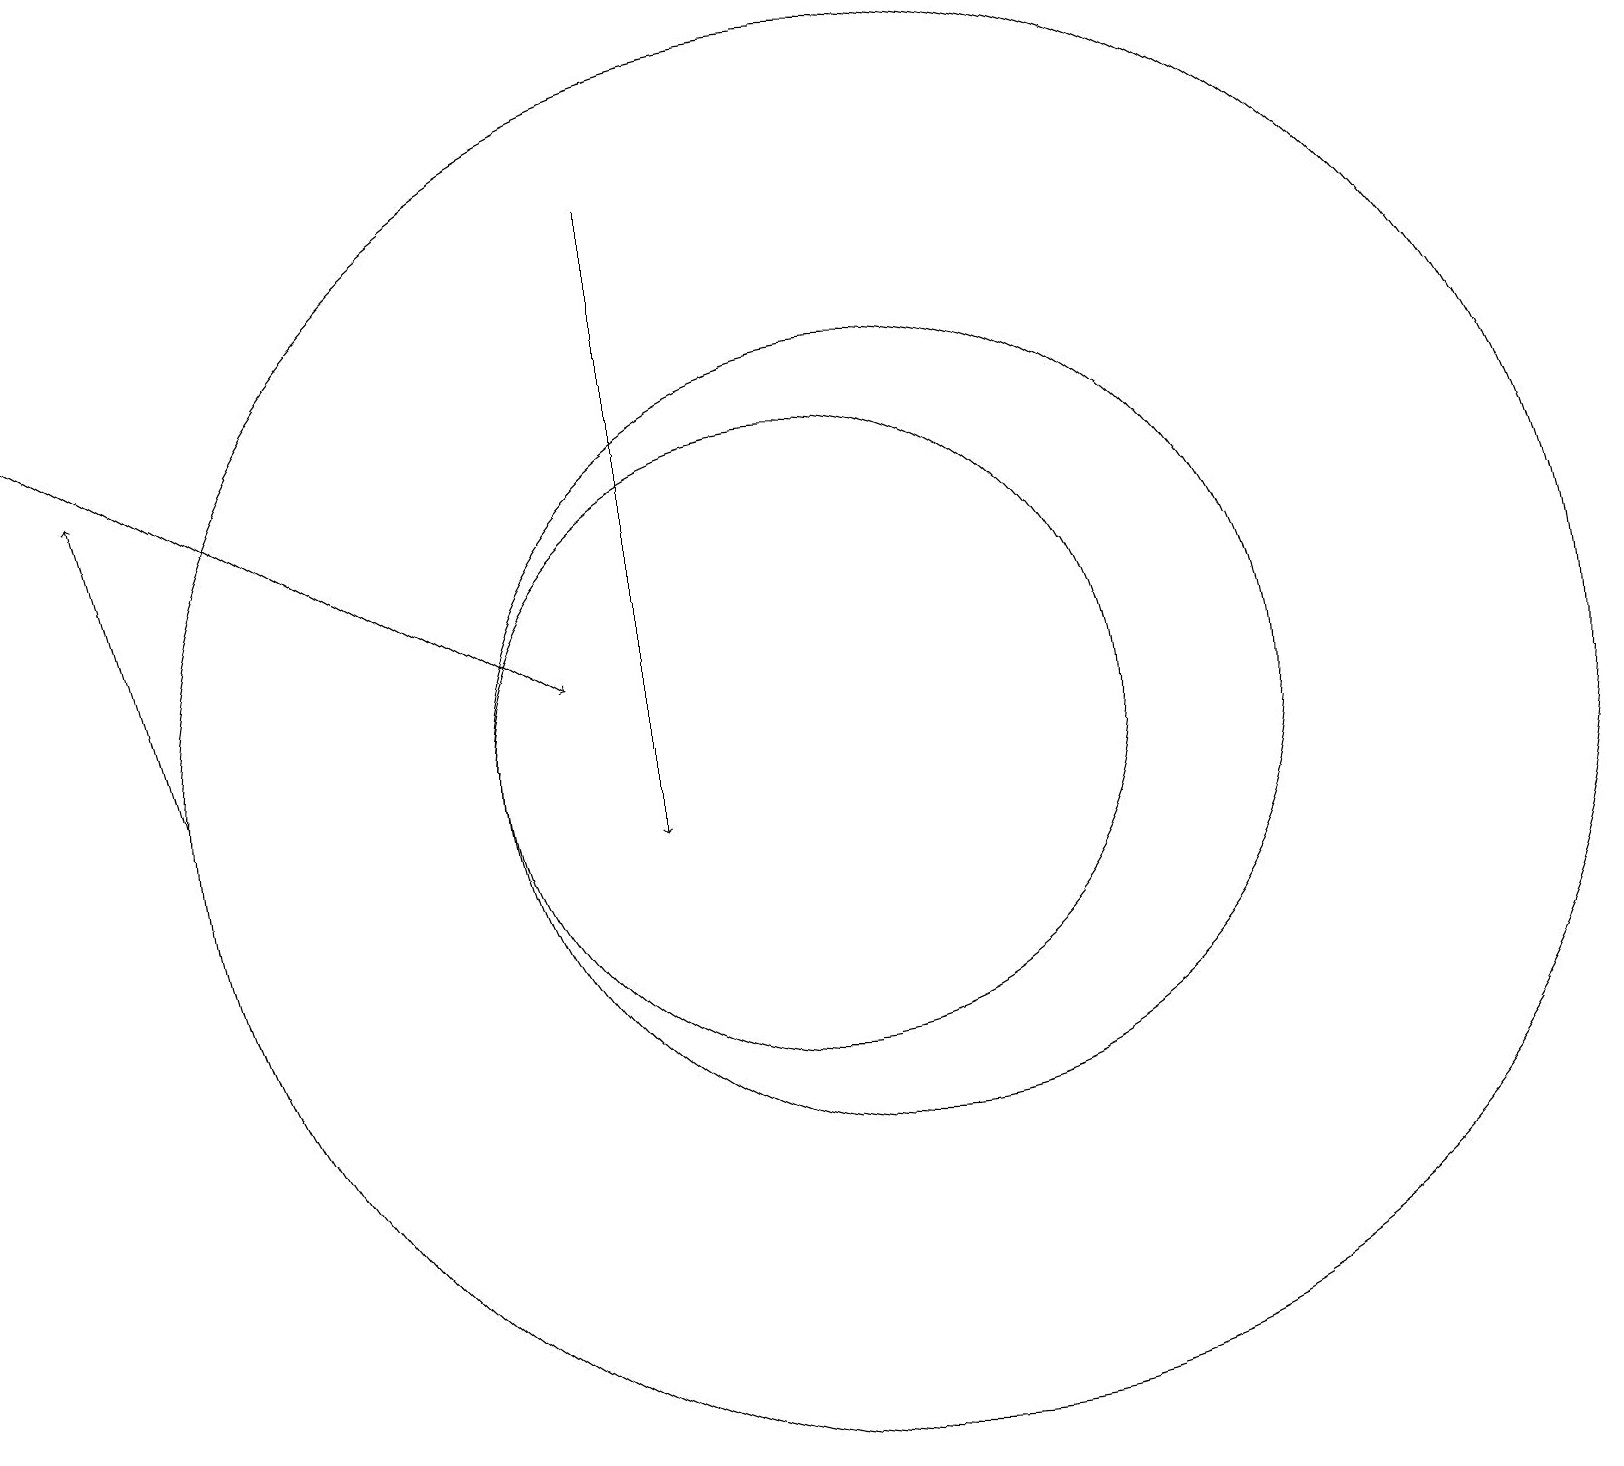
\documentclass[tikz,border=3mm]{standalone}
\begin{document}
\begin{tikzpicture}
\draw[->] (2,11) -- (1,15);
\draw[->] (0,16) -- (7,12);
\draw (11,11) circle (5);
\draw (11,11) circle (9);
\draw (10,11) circle (4);
\draw[->] (8,18) -- (8,10);
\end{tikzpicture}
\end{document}